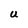
Character: U